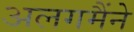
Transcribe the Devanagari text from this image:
अलगमैंने